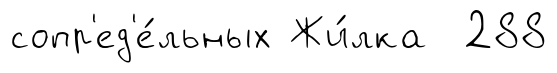
сопр'ед'е́льных Жи́лка 288